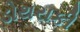
ડોથરાકી